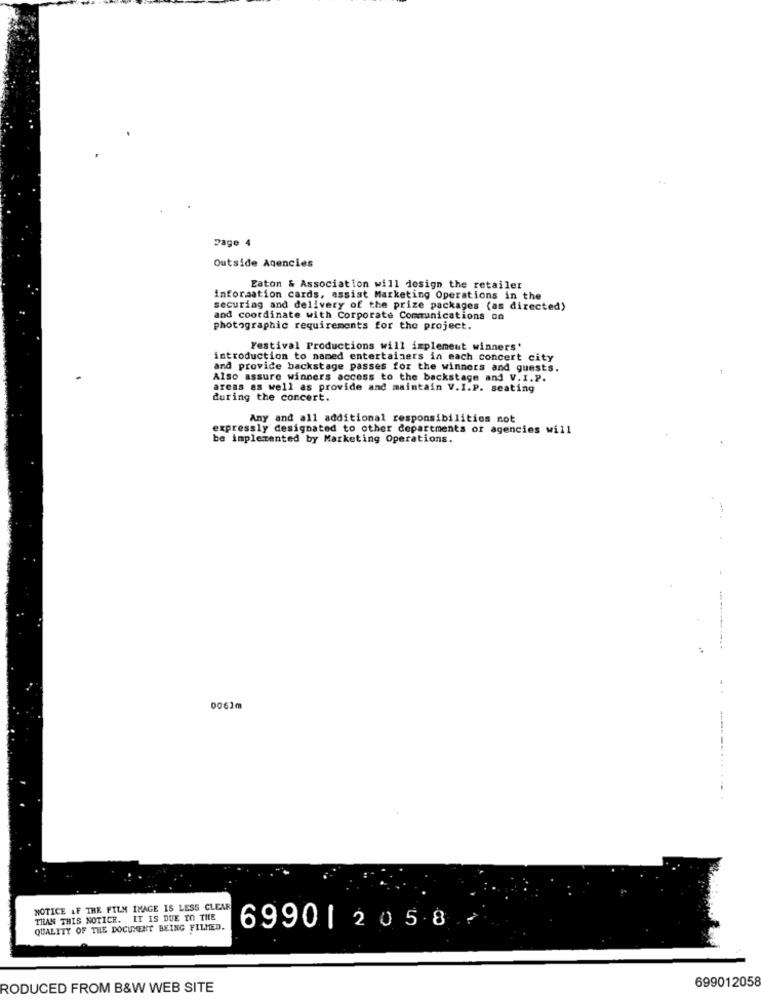
Dage 4
Outside Agencies
Eaton & Association will design the retailer
information cards, assist Marketing Operations in the
securing and delivery of the prize packages (as directed)
and coordinate with Corporate Communications on
photographic requirements for the project.
Festival Productions will implement winners'
introduction to named entertainers in each concert city
and provide backstage passes for the winners and guests.
Also assure winners access to the backstage and V.I.P.
areas as well as provide and maintain V.I.P. seating
during the concert.
Any and all additional responsibilities not
expressly designated to other departments or agencies will
be implemented by Marketing Operations.
0062m
NOTICE LF THE FILM IMAGE IS LESS CLEAR
THAN THIS NOTICE. IT IS DUE TO THE
QUALITY OF THE DOCUMENT BEING FILMED.
6990| 2058
699012058
RODUCED FROM B&W WEB SITE